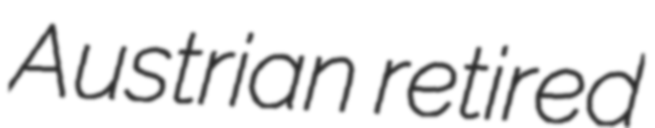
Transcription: Austrian retired